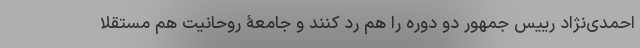
احمدی‌نژاد رییس جمهور دو دوره را هم رد کنند و جامعۀ روحانیت هم مستقلا